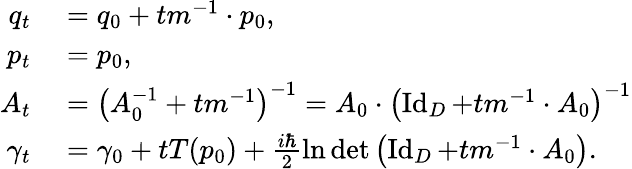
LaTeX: \begin{array}{rl}{q_{t}}&{{}=q_{0}+tm^{-1}\cdot p_{0},}\\ {p_{t}}&{{}=p_{0},}\\ {A_{t}}&{{}=\left(A_{0}^{-1}+tm^{-1}\right)^{-1}=A_{0}\cdot\left(\operatorname{Id}_{D}+tm^{-1}\cdot A_{0}\right)^{-1}}\\ {\gamma_{t}}&{{}=\gamma_{0}+tT(p_{0})+\frac{i\hbar}{2}\ln\operatorname*{det}\left(\operatorname{Id}_{D}+tm^{-1}\cdot A_{0}\right).}\end{array}